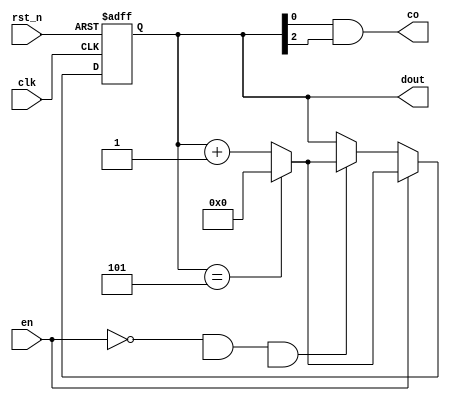
module counter6(clk, rst_n, en, dout, co);
 
input clk, rst_n, en;
output[3:0] dout;
reg [3:0] dout;
output co;
 
always@(posedge clk or negedge rst_n)
begin
	if(!rst_n)
		dout <= 4'b0000;        //ϵͳ��λ������������
	else if(en)
		if(dout == 4'b0101)     //����ֵ�ﵽ5ʱ������������?
			dout <= 4'b0000;
		else
			dout <= dout + 1'b1; //���򣬼�������1
	else if((en == 0 && adjust_minute_10 == 1) && isMin == 1)
        if(dout == 4'b0101)     
            dout <= 4'b0000;
        else
            dout <= dout + 1'b1; //���򣬼�������1
        else
            dout <= dout;
 
end
 
assign co = dout[0] & dout[2];  //�������ﵽ5(4'b1001)ʱ����λΪ1������ֵΪ��������û�н�λ
 
endmodule